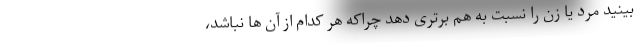
بینید مرد یا زن را نسبت به هم برتری دهد چراکه هر کدام از آن ها نباشد،